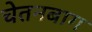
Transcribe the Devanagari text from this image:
चेतनबाग